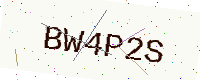
Text: BW4P2S